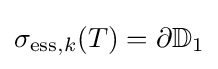
\sigma _{\mathrm {ess} ,k}(T)=\partial \mathbb {D} _{1}